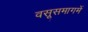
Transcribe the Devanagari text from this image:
वसूसमागमें